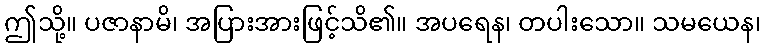
ဤသို့။ ပဇာနာမိ၊ အပြားအားဖြင့်သိ၏။ အပရေန၊ တပါးသော။ သမယေန၊